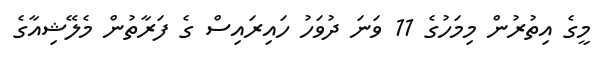
މީގެ އިތުރުން މިމަހުގެ 11 ވަނަ ދުވަހު ހައިރައިސް ގެ ފަރާތުން މެލޭޝިއާގެ